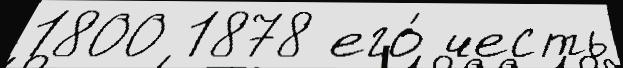
1800 1878 его́ честь